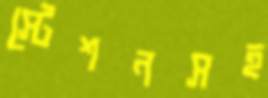
স্টেশনসহ